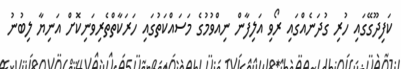
ކަފިދޫގޭގައި ހުރި ގުދަނެއްގައި ރޯވި އަލިފާން ނިއްވުމުގެ މަސައްކަތުގައި ހަރަކާތްތެރިވަނިކޮށް އަނިޔާ ލިބުނު